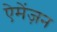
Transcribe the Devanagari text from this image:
ऐमेंज़न